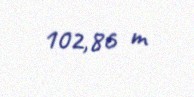
102,86 m